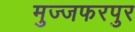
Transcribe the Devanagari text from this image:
मुज्जफरपुर